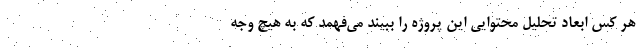
هر کس ابعاد تحلیل محتوایی این پروژه را ببیند می‌فهمد که به هیچ وجه